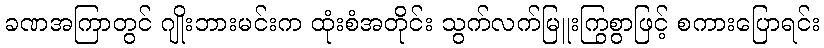
ခဏအကြာတွင် ဂျိုးဘားမင်းက ထုံးစံအတိုင်း သွက်လက်မြူးကြွစွာဖြင့် စကားပြောရင်း